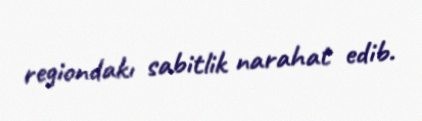
regiondakı sabitlik narahat edib.